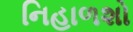
નિહાળશો